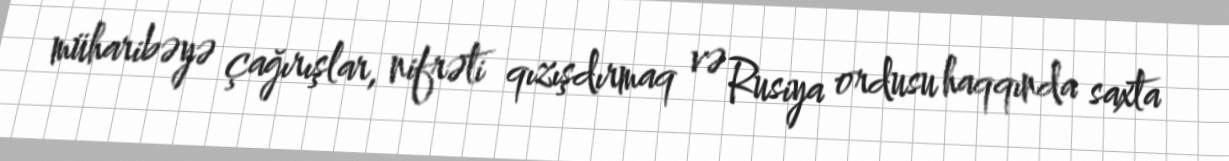
müharibəyə çağırışlar, nifrəti qızışdırmaq və Rusiya ordusu haqqında saxta